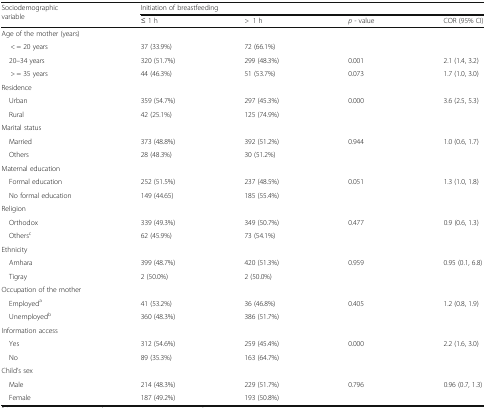
| <ROWSPAN=2> Sociodemographic variable | <COLSPAN=4> Initiation of breastfeeding |
 | ≤ 1 h | >1 h | p - value | COR (95% CI) |
 | --- | --- | --- | --- | --- |
 | <COLSPAN=5> Age of the mother (years) |
 | < = 20 years | 37 (33.9%) | 72 (66.1%) |  |  |
 | 20–34 years | 320 (51.7%) | 299 (48.3%) | 0.001 | 2.1 (1.4, 3.2) |
 | > = 35 years | 44 (46.3%) | 51 (53.7%) | 0.073 | 1.7 (1.0, 3.0) |
 | <COLSPAN=5> Residence |
 | Urban | 359 (54.7%) | 297 (45.3%) | 0.000 | 3.6 (2.5, 5.3) |
 | Rural | 42 (25.1%) | 125 (74.9%) |  |  |
 | <COLSPAN=5> Marital status |
 | Married | 373 (48.8%) | 392 (51.2%) | 0.944 | 1.0 (0.6, 1.7) |
 | Others | 28 (48.3%) | 30 (51.2%) |  |  |
 | <COLSPAN=5> Maternal education |
 | Formal education | 252 (51.5%) | 237 (48.5%) | 0.051 | 1.3 (1.0, 1.8) |
 | No formal education | 149 (44.65) | 185 (55.4%) |  |  |
 | <COLSPAN=5> Religion |
 | Orthodox | 339 (49.3%) | 349 (50.7%) | 0.477 | 0.9 (0.6, 1.3) |
 | Othersc | 62 (45.9%) | 73 (54.1%) |  |  |
 | <COLSPAN=5> Ethnicity |
 | Amhara | 399 (48.7%) | 420 (51.3%) | 0.959 | 0.95 (0.1, 6.8) |
 | Tigray | 2 (50.0%) | 2 (50.0%) |  |  |
 | <COLSPAN=5> Occupation of the mother |
 | Employeda | 41 (53.2%) | 36 (46.8%) | 0.405 | 1.2 (0.8, 1.9) |
 | Unemployedb | 360 (48.3%) | 386 (51.7%) |  |  |
 | <COLSPAN=5> Information access |
 | Yes | 312 (54.6%) | 259 (45.4%) | 0.000 | 2.2 (1.6, 3.0) |
 | No | 89 (35.3%) | 163 (64.7%) |  |  |
 | <COLSPAN=5> Child’s sex |
 | Male | 214 (48.3%) | 229 (51.7%) | 0.796 | 0.96 (0.7, 1.3) |
 | Female | 187 (49.2%) | 193 (50.8%) |  |  |